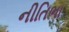
નીતિભા